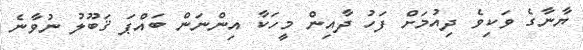
ޔާނާގެ ވަކިވެ ދިއުމަށް ފަހު ދާއިން މީހަކާ އިންނަން ބައްޕަ ޤަބޫލު ނުވާނެ